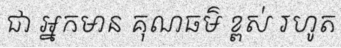
ជា អ្នកមាន គុណធម៌ ខ្ពស់ រហូត